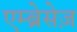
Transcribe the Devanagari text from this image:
एम्ब्रेसेज़